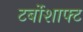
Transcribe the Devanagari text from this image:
टर्बोशाफ्ट